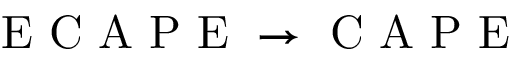
\mathrm { ~ E ~ C ~ A ~ P ~ E ~ } \rightarrow \mathrm { ~ C ~ A ~ P ~ E ~ }